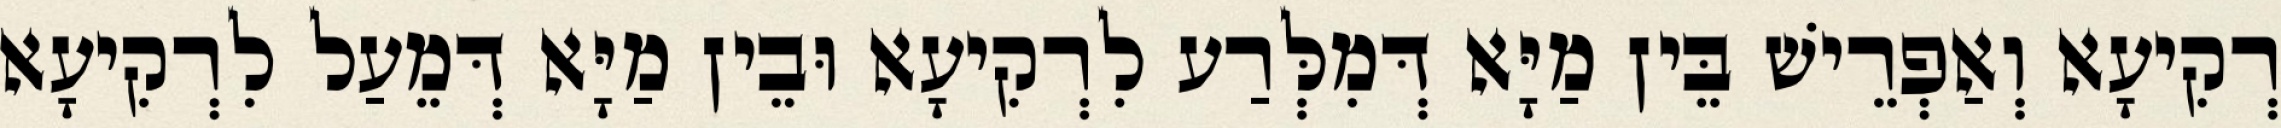
רְקִיעָא וְאַפְרֵישׁ בֵּין מַיָּא דְּמִלְּרַע לִרְקִיעָא וּבֵין מַיָּא דְּמֵעַל לִרְקִיעָא